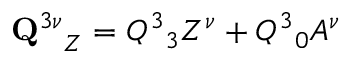
{ { \bf Q } ^ { 3 \nu } } _ { Z } = Q ^ { 3 } { } _ { 3 } Z ^ { \nu } + Q ^ { 3 } { } _ { 0 } A ^ { \nu }